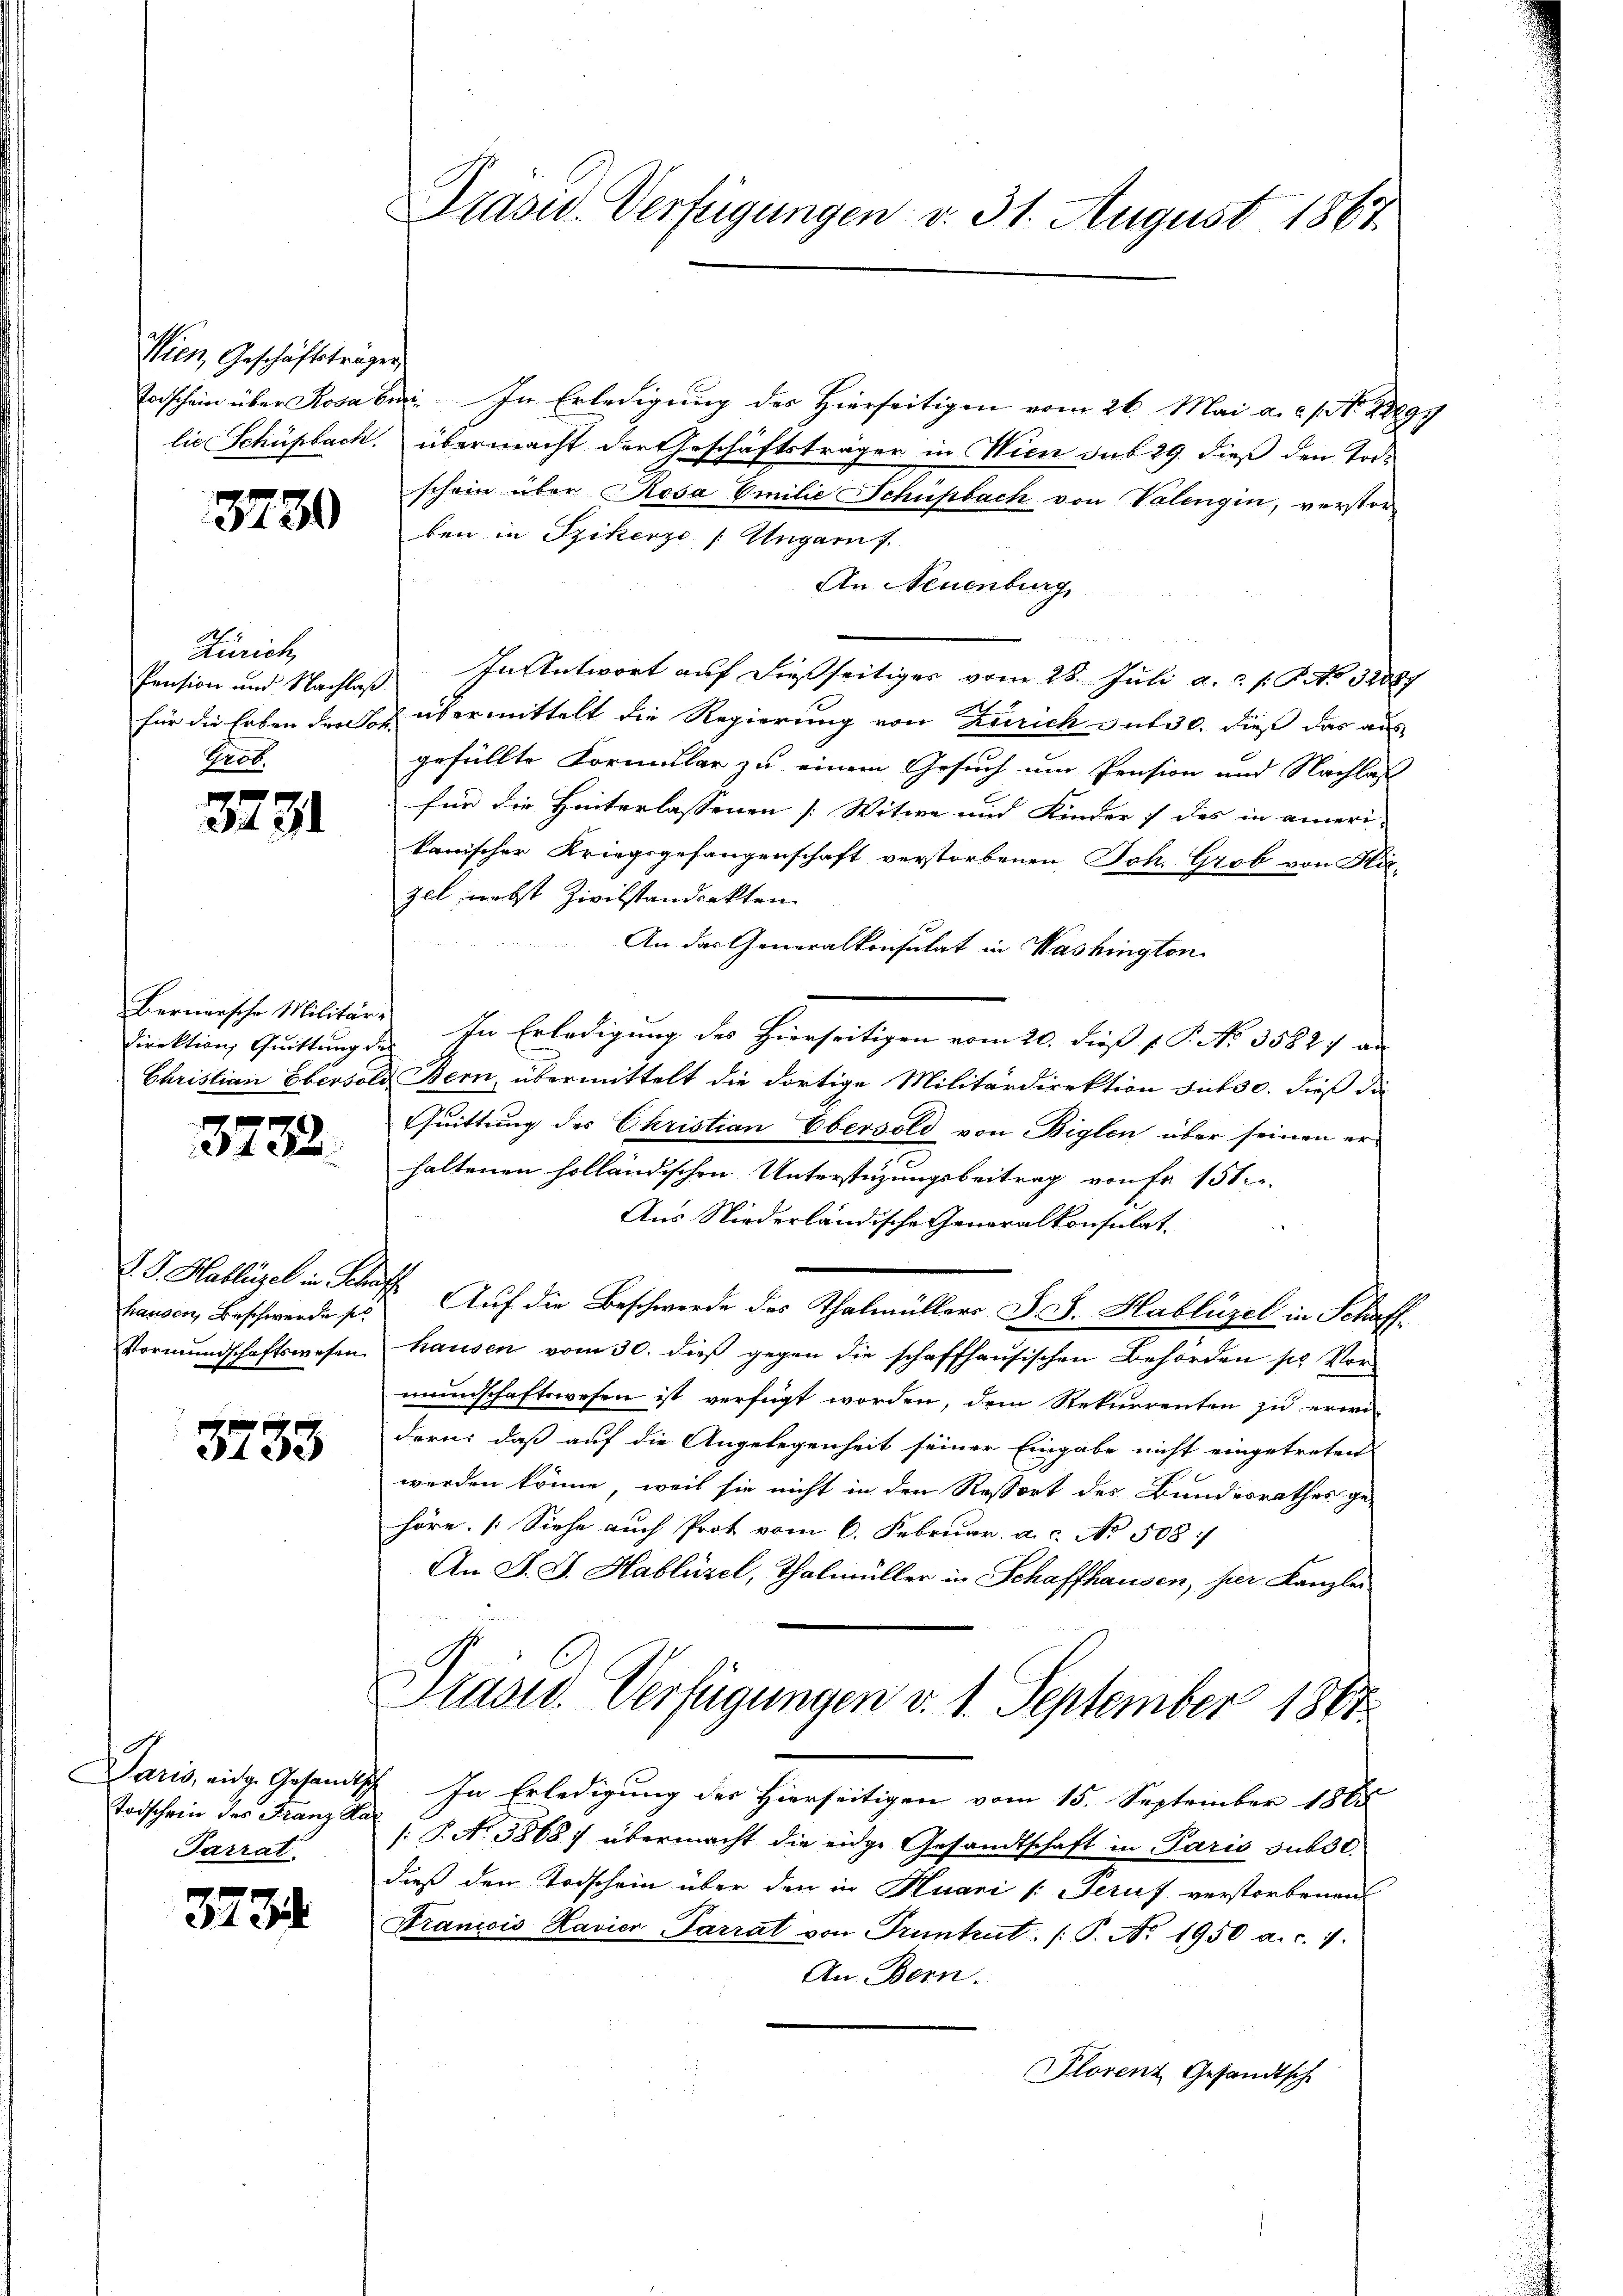
Vien, Geschäftsträgen

8780

Zürich
Grot.

3731

Bernorsche Militär-

3732.

D. G. Hablügel in Scha
hausen, Beschwerde sic
Vormundschaftswesen.

5733

.
Daris, eidg. Gesandtsch
Todschein des Franz Ka
Parrat

373

Präsid. Verfügungen v. 31. August 1867

Todschein über Rosa bin. In Erledigung des Hierseitigen vom 26. Mai a.c. s. No. 18899
lie Schüpbach. übermacht der Geschäftsträger in Wien sub 29. dieß den Tode
schein über Rosa Emilie Schüsbach von Valengin, verstorben in Szikerze Ungarnf
An Neuenburg

Pension und Nachleß In Antwort auf dießseitiges vom 28. Juli a.c. s. No 32887
für die Erben dens übermittelt die Regierung von Zürich auf 30. dieß das aus
gefüllte Formular zu einem Gesuch um Pension und Nachlas
für die Hinterlassenen [Witwe und Kinder :/ des in einer
kanischer Kriegsgefangenschaft verstorbenen Joh. Grob von Hir-
zel, nebst Zivilstandenkten
An das Generalkonsulat in Washington
Direktion, Quittung d. In Erledigung des hierseitigen vom 20. dieß P. P. Nr. 3582. an
Christian Ebersold Bern, übermittelt die dortige Militärdirektion sut30. dieß die
Quittung des Christian Ebersold von Biglen über seinen er-
haltenen holländischen Unterstüzungsbeitrag von fa 151.
Aus Niederländische Generalkonsulat
4 Auf die Beschwerde des Thalmüllers J. J. Hablüzel in Schaffhausen vom 30. dieß gegen die schaffhausischen Behörden pr Vormaunschaftswesen ist verfügt worden, dem Rekurrenten zu erwi
dern, daß auf die Angelegenheit seiner Eingabe nicht eingetreten
werden könne, weil sie nicht in den Ressort des Bundesrathes ge-
höre. (Siehe auch Prot vom 6. Februar a.c. No 508 :/
An J. J. Hablüzel, Thalmüller in Schaffhausen, per Kanzlei-
Masid. Verfügungen v. 1. September 1867
 In Erledigung des Hierseitigen vom 15. September 1885
/: P. No 3868) übermacht die eidge Gesandtschaft in Paris subst.
dieß dem Todschein über den in Huari : Peruf verstorbenen
Traniis Lavier-Parrat von Pruntrut (T. No. 1950 a. c. 1.
An Bern.
Plorenz Gesandtsch